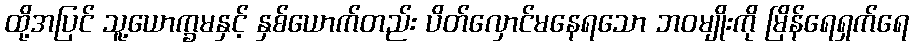
ထို့အပြင် သူ့ယောက္ခမနှင့် နှစ်ယောက်တည်း ပိတ်လှောင်မနေရသော ဘဝမျိုးကို မြိန်ရေရှက်ရေ